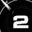
Digit: 2